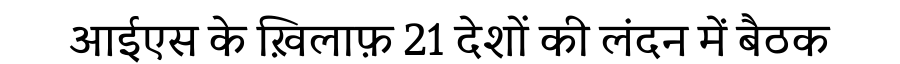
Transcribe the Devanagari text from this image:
आईएस के ख़िलाफ़ 21 देशों की लंदन में बैठक